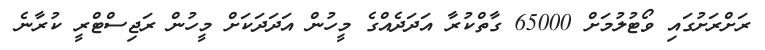
ރަށްރަށުގައި ވޯޓުލުމަށް 65000 ގާތްކުރާ އަދަދެއްގެ މީހުން އަދަދަކަށް މީހުން ރަޖިސްޓްރީ ކުރާނެ